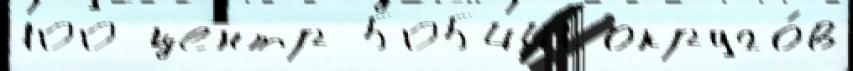
100 центр 505441 округо́в